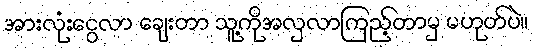
အားလုံးငွေလာ ချေးတာ သူ့ကိုအလှလာကြည့်တာမှ မဟုတ်ပဲ။